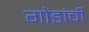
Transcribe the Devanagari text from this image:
गोंडांची